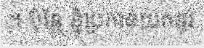
។ ប៉ុន្តែ ខ្ញុំប្រកាន់យកនូវ